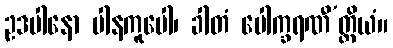
ဥဒပါနော ပါနကူပေါ၊ ခါတံ ပေါက္ခရဏီ’တ္ထိယံ။